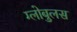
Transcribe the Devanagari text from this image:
ग्लोबुलस